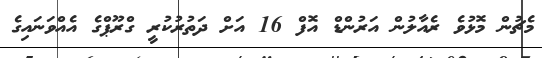
މެޗުން މޮޅުވެ ރެއާލުން އަރުންޑް އޮފް 16 އަށް ދަތުރުކުރީ ގްރޫޕްގެ އެއްވަނައިގެ